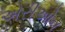
એરીઓન